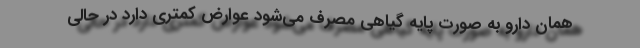
همان دارو به صورت پایه گیاهی مصرف می‌شود عوارض کمتری دارد در حالی